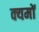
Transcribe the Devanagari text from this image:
क्यमों